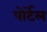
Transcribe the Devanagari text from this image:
पोर्टेल